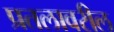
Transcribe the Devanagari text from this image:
प्रतलावरील